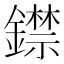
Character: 𨭺